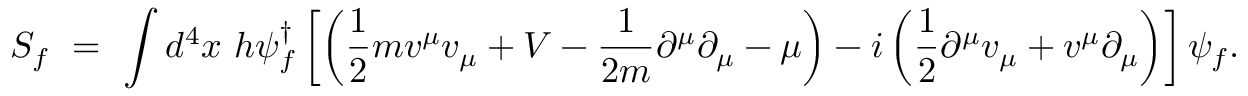
S _ { f } ~ = ~ \int d ^ { 4 } x ~ h \psi _ { f } ^ { \dagger } \left[ \left( \frac { 1 } { 2 } m v ^ { \mu } v _ { \mu } + V - \frac { 1 } { 2 m } \partial ^ { \mu } \partial _ { \mu } - \mu \right) - i \left( \frac { 1 } { 2 } \partial ^ { \mu } v _ { \mu } + v ^ { \mu } \partial _ { \mu } \right) \right] \psi _ { f } .